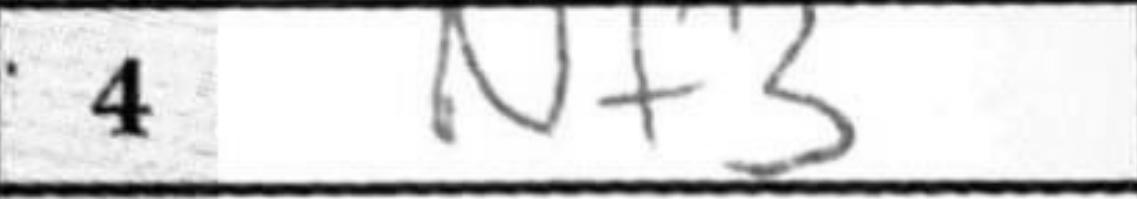
Transcription: Nf3